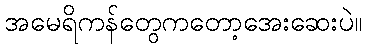
အမေရိကန်တွေကတော့အေးဆေးပဲ။